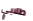
طلابي